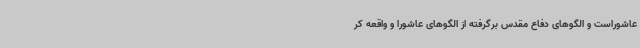
عاشوراست و الگوهای دفاع مقدس برگرفته از الگوهای عاشورا و واقعه کر